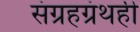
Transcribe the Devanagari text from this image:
संग्रहग्रंथही